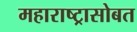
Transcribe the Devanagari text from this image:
महाराष्ट्रासोबत